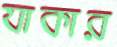
যাকার